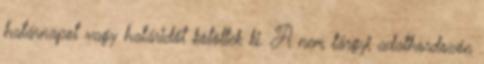
határnapot vagy határidőt kötöttek ki. A nem tárgyi adathordozón